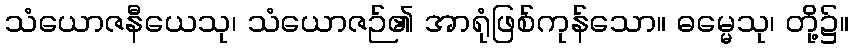
သံယောဇနီယေသု၊ သံယောဇဉ်၏ အာရုံဖြစ်ကုန်သော။ ဓမ္မေသု၊ တို့၌။